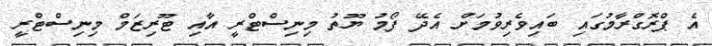
އެ ޕްރޮގްރާމުގައި ބައިވެރިވުމަށް އެދޭ ފޯމު ޔޫތު މިނިސްޓްރީ އާއި ޓޫރިޒަމް މިނިސްޓްރީ